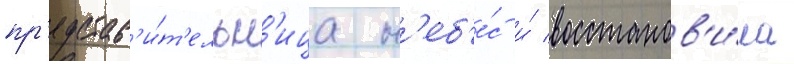
пр'едстав'и́т'ельн'ица н'еб'е́с и́ восстанов'и́ла